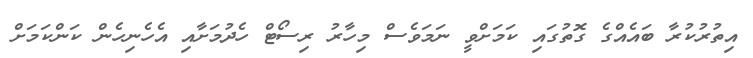
އިތުރުކުރާ ބައެއްގެ ގޮތުގައި ކަމަށްވީ ނަމަވެސް މިހާރު ރިސޯޓް ހެދުމަށާއި އެހެނިހެން ކަންކަމަށް